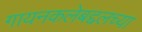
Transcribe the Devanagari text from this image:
गायनकलेबद्दलच्या